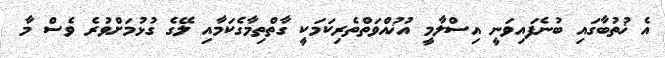
އެ ޚުތުބާގައި ބުނެފައިވަނީ އިސްލާމީ އުޚުއްވަތްތެރިކަމަކީ ގާތްތިމާގެކަމާއި ލޭގެ ގުޅުމަށްވުރެ ވެސް މާ